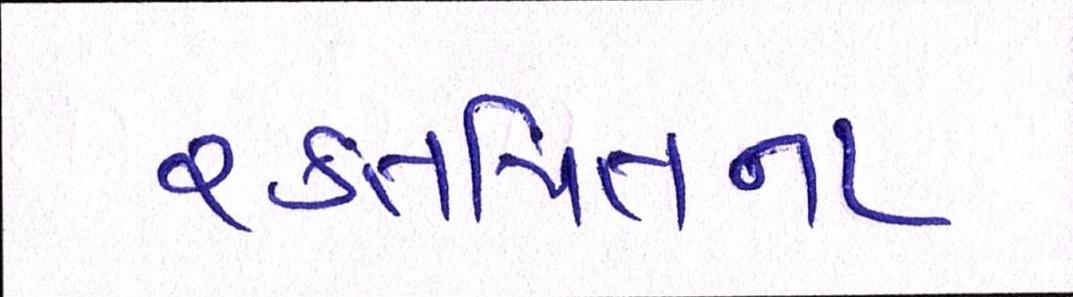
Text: રક્તપિતના